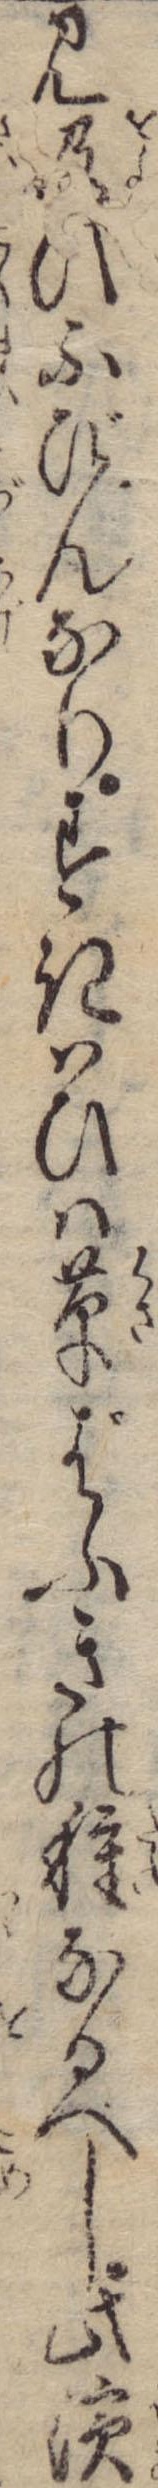
見及ひふびんなりすきはひは草ばふきの種なるべし此浜